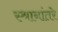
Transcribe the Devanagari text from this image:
स्थानांतरे